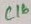
Text: C16